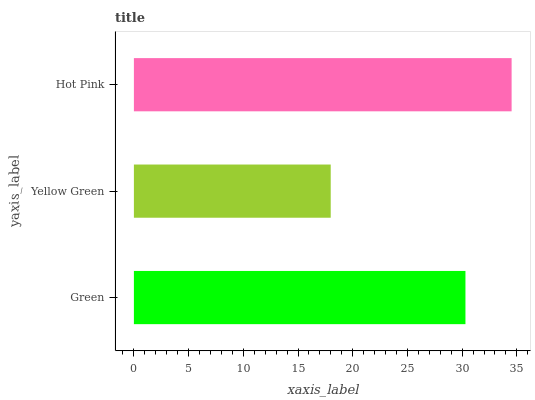
| yaxis_label | bars |
 | --- | --- |
 | Green | 30.3 |
 | Yellow Green | 18 |
 | Hot Pink | 34.5 |